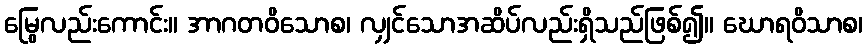
မြွေလည်းကောင်း။ အာဂတဝိသောစ၊ လျှင်သောအဆိပ်လည်းရှိသည်ဖြစ်၍။ ဃောရဝိသာစ၊